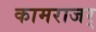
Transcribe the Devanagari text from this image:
कामराजर्